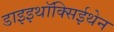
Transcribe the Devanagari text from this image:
डाइइथॉक्सिईथेन